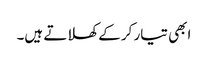
ابھی تیار کر کے کھلاتے ہیں۔